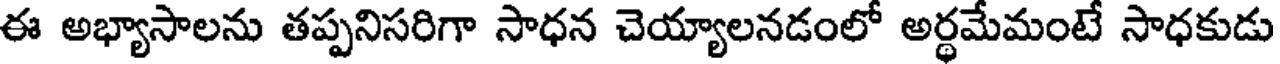
ఈ అభ్యాసాలను తప్పనిసరిగా సాధన చెయ్యాలనడంలో అర్థమేమంటే సాధకుడు